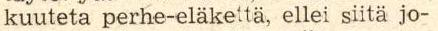
kuuteta perhe-elakettä, ellei siitä jo